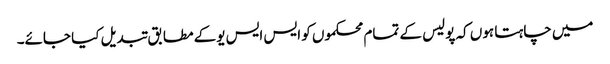
میں چاہتا ہوں کہ پولیس کے تمام محکموں کو ایس ایس یوکے مطابق تبدیل کیا جائے۔